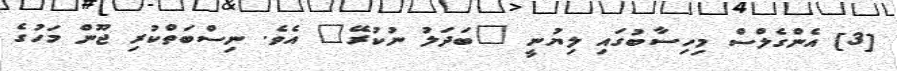
[3] އެންގެލްސް މިހިސާބުގައި ލިޔުނީ "ބަދަލު ނުކުރޭ" އެވެ. ނިސްބަތްކުރި ޖޫން މަހުގެ